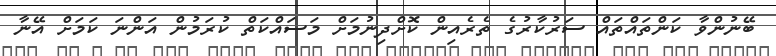
ބޭނުންވާ ކަންތައްތައް ސަރުކާރުގެ ތެރެއިން ކޮށްދިނުމަށް މަސައްކަތް ކުރަމުން އަންނަ ކަމަށް އޭނާ